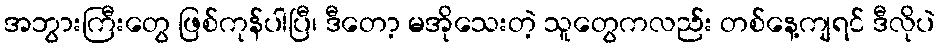
အဘွားကြီးတွေ ဖြစ်ကုန်ပါပြီ၊ ဒီတော့ မအိုသေးတဲ့ သူတွေကလည်း တစ်နေ့ကျရင် ဒီလိုပဲ